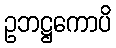
ဥဘဋ္ဌကောပိ